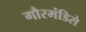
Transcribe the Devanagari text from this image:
गौरमंडिसे